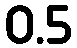
0.5